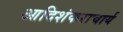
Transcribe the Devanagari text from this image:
आदिशंकराचार्य